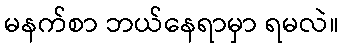
မနက်စာ ဘယ်နေရာမှာ ရမလဲ။